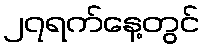
၂၇ရက်နေ့တွင်